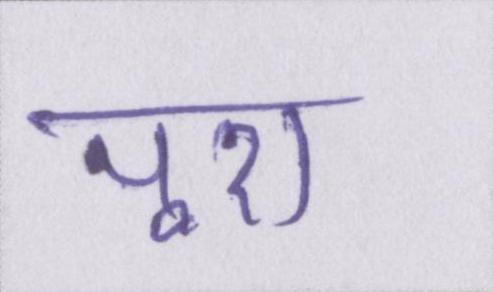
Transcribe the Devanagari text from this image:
पूरा